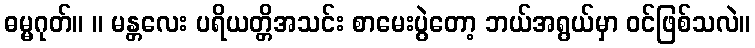
ဓမ္မဂုတ်။ ။ မန္တလေး ပရိယတ္တိအသင်း စာမေးပွဲတော့ ဘယ်အရွယ်မှာ ဝင်ဖြစ်သလဲ။